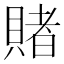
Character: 賭